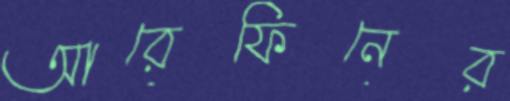
আরেফিনের